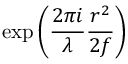
\exp \left( { \frac { 2 \pi i } { \lambda } } { \frac { r ^ { 2 } } { 2 f } } \right)